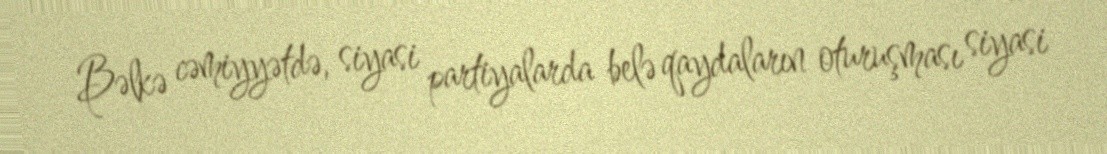
Bəlkə cəmiyyətdə, siyasi partiyalarda belə qaydaların oturuşması siyasi